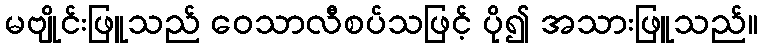
မဗျိုင်းဖြူသည် ဝေသာလီစပ်သဖြင့် ပို၍ အသားဖြူသည်။